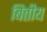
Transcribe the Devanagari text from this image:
बित्तीय